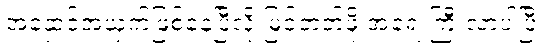
အနှောင့်အယှက်ဖြစ်နေပြီလို့ မြင်တတ်ဖို့ အရေးကြီးလာပါပြီ။